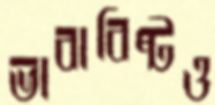
ভাবাবিষ্টও